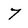
Character: 7